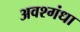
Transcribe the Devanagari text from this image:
अवश्गंधा